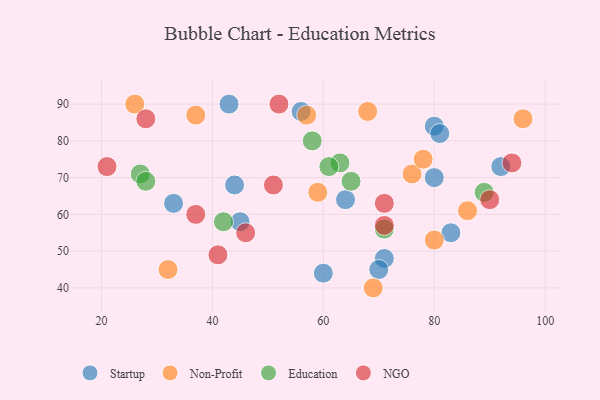
{"axis": {"x": "GDP", "y": "Life Expectancy"}, "legend": ["Education", "NGO", "Non-Profit", "Startup"], "data": [{"x": "45", "y": 58, "type": "Startup"}, {"x": "80", "y": 84, "type": "Startup"}, {"x": "56", "y": 88, "type": "Startup"}, {"x": "43", "y": 90, "type": "Startup"}, {"x": "64", "y": 64, "type": "Startup"}, {"x": "92", "y": 73, "type": "Startup"}, {"x": "60", "y": 44, "type": "Startup"}, {"x": "71", "y": 48, "type": "Startup"}, {"x": "44", "y": 68, "type": "Startup"}, {"x": "70", "y": 45, "type": "Startup"}, {"x": "81", "y": 82, "type": "Startup"}, {"x": "80", "y": 70, "type": "Startup"}, {"x": "33", "y": 63, "type": "Startup"}, {"x": "83", "y": 55, "type": "Startup"}, {"x": "96", "y": 86, "type": "Non-Profit"}, {"x": "69", "y": 40, "type": "Non-Profit"}, {"x": "26", "y": 90, "type": "Non-Profit"}, {"x": "76", "y": 71, "type": "Non-Profit"}, {"x": "37", "y": 87, "type": "Non-Profit"}, {"x": "32", "y": 45, "type": "Non-Profit"}, {"x": "68", "y": 88, "type": "Non-Profit"}, {"x": "57", "y": 87, "type": "Non-Profit"}, {"x": "78", "y": 75, "type": "Non-Profit"}, {"x": "59", "y": 66, "type": "Non-Profit"}, {"x": "80", "y": 53, "type": "Non-Profit"}, {"x": "86", "y": 61, "type": "Non-Profit"}, {"x": "58", "y": 80, "type": "Education"}, {"x": "89", "y": 66, "type": "Education"}, {"x": "27", "y": 71, "type": "Education"}, {"x": "63", "y": 74, "type": "Education"}, {"x": "71", "y": 56, "type": "Education"}, {"x": "42", "y": 58, "type": "Education"}, {"x": "28", "y": 69, "type": "Education"}, {"x": "61", "y": 73, "type": "Education"}, {"x": "65", "y": 69, "type": "Education"}, {"x": "71", "y": 63, "type": "NGO"}, {"x": "46", "y": 55, "type": "NGO"}, {"x": "52", "y": 90, "type": "NGO"}, {"x": "71", "y": 57, "type": "NGO"}, {"x": "37", "y": 60, "type": "NGO"}, {"x": "94", "y": 74, "type": "NGO"}, {"x": "41", "y": 49, "type": "NGO"}, {"x": "90", "y": 64, "type": "NGO"}, {"x": "28", "y": 86, "type": "NGO"}, {"x": "21", "y": 73, "type": "NGO"}, {"x": "51", "y": 68, "type": "NGO"}]}